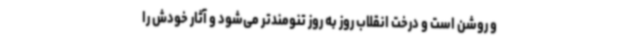
و روشن است و درخت انقلاب روز به روز تنومندتر می‌شود و آثار خودش را